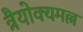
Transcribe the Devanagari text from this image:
त्रैयोक्यमल्ल